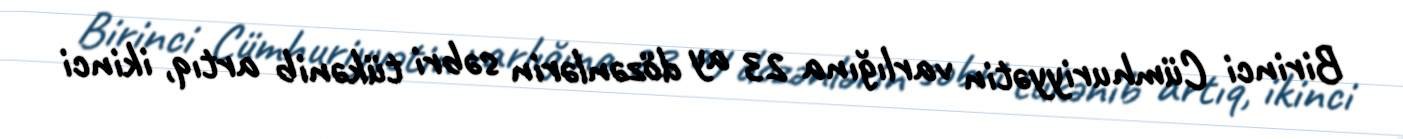
Birinci Cümhuriyyətin varlığına 23 ay dözənlərin səbri tükənib artıq, ikinci